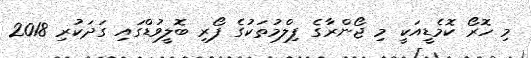
މި ހޮރޯ ކޮމެޑީއަކީ މި ޖޯންރާގެ ފިލްމުތަކުގެ ފޯރި ބޮލީވުޑްގައި ގަދަކުރި 2018